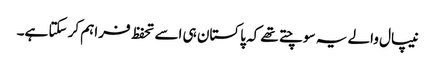
نیپال والے یہ سوچتے تھے کہ پاکستان ہی اسے تحفظ فراہم کر سکتا ہے۔